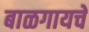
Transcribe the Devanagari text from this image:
बाळगायचे